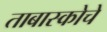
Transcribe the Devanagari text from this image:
ताबास्कोचे